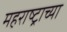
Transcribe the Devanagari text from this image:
महराष्ट्राच्या